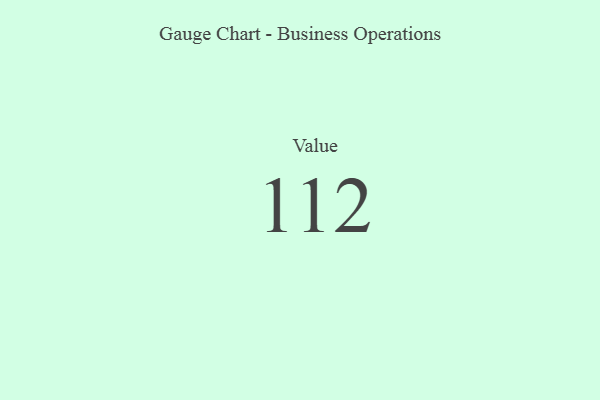
{"axis": {"x": "Metric", "y": "Value"}, "legend": [""], "data": [{"x": "Value", "y": 112, "type": ""}]}